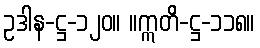
ဥဒါန-ဋ္ဌ-၁၂၀။ ။ဣတိ-ဋ္ဌ-၁၁၈။